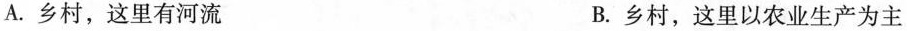
A.乡村，这里有河流 B.乡村，这里以农业生产为主